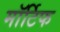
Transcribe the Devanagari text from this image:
मॉर्टिफ